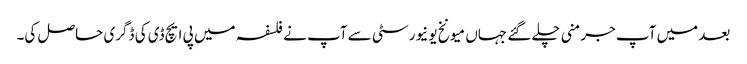
بعد میں آپ جرمنی چلے گئے جہاں میونخ یونیورسٹی سے آپ نے فلسفہ میں پی ایچ ڈی کی ڈگری حاصل کی۔